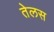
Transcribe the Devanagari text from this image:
तेलस